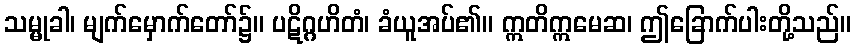
သမ္မုခါ၊ မျက်မှောက်တော်၌။ ပဋိဂ္ဂဟိတံ၊ ခံယူအပ်၏။ ဣတိဣမေဆ၊ ဤခြောက်ပါးတို့သည်။